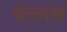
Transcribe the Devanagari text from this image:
बेल्लम